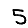
Digit: 5